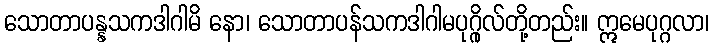
သောတာပန္နသကဒါဂါမိ နော၊ သောတာပန်သကဒါဂါမပုဂ္ဂိုလ်တို့တည်း။ ဣမေပုဂ္ဂလာ၊